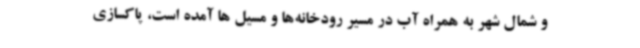
و شمال شهر به همراه آب در مسیر رودخانه‌ها و مسیل ها آمده است، پاکسازی